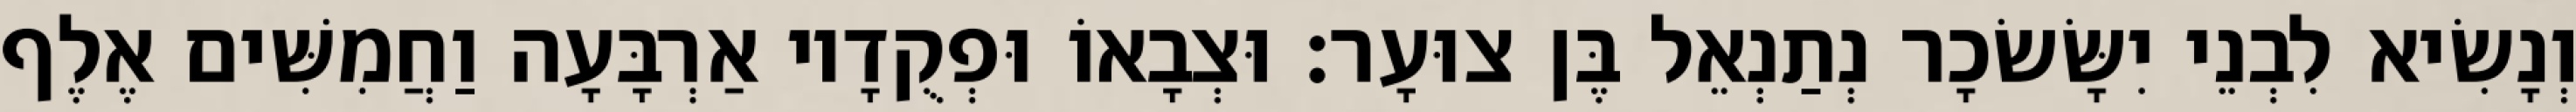
וְנָשִׂיא לִבְנֵי יִשָּׂשׂכָר נְתַנְאֵל בֶּן צוּעָר׃ וּצְבָאוֹ וּפְקֻדָיו אַרְבָּעָה וַחֲמִשִּׁים אֶלֶף